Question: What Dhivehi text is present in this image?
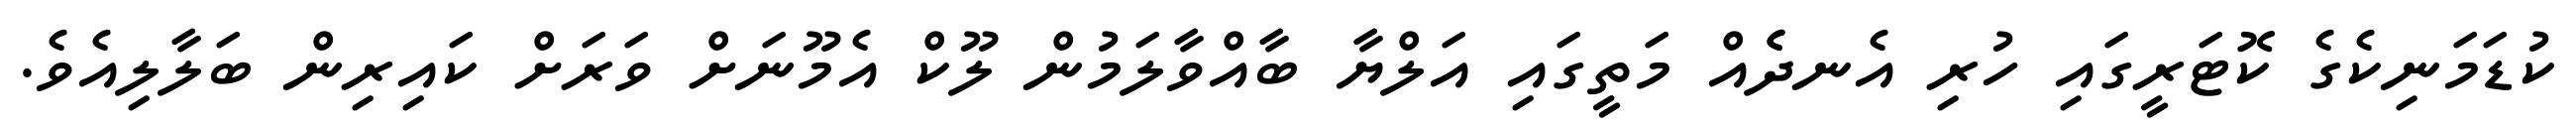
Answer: ކުޑަމަނިކެގެ ކޮޓަރީގައި ހުރި އެނދެެއް މަތީގައި އަލްޔާ ބާއްވާލަމުން ލޫކް އެމޫނަށް ވަރަށް ކައިރިން ބަލާލިއެވެ.